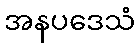
အနပဒေသံ